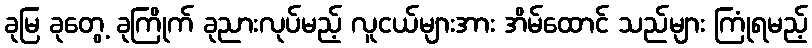
ခုမြ ခုတွေ့ ခုကြိုက် ခုညားလုပ်မည့် လူငယ်များအား အိမ်ထောင် သည်များ ကြုံရမည့်